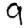
Digit: 9